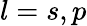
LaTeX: l=s,p